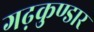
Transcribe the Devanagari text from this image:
गढ़कुण्डार